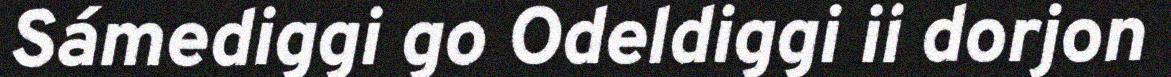
Sámediggi go Odeldiggi ii dorjon